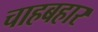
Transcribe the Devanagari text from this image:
चाहबहार